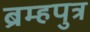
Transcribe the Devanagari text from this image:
ब्रम्हपुत्र